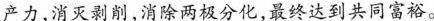
产力，消灭剥削，消除两极分化，最终达到共同富裕。